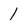
Character: 1